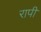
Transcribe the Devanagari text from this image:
रापी